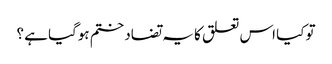
تو کیا اس تعلق کا یہ تضاد ختم ہوگیا ہے ؟